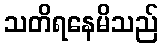
သတိရနေမိသည်